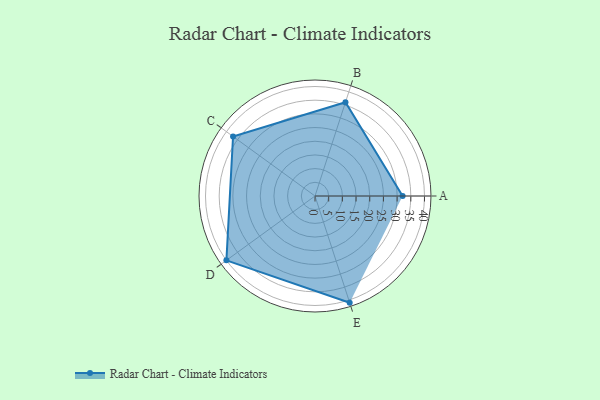
{"axis": {"x": "Skill", "y": "Score"}, "legend": ["Profile"], "data": [{"x": "A", "y": 32.0, "type": "Profile"}, {"x": "B", "y": 36.0, "type": "Profile"}, {"x": "C", "y": 37.0, "type": "Profile"}, {"x": "D", "y": 40.0, "type": "Profile"}, {"x": "E", "y": 41.0, "type": "Profile"}]}